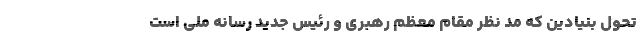
تحول بنیادین که مد نظر مقام معظم رهبری و رئیس ‌جدید رسانه ملی است